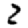
Digit: 2